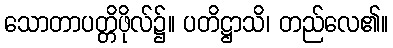
သောတာပတ္တိဖိုလ်၌။ ပတိဋ္ဌာသိ၊ တည်လေ၏။